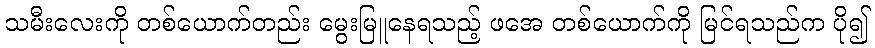
သမီးလေးကို တစ်ယောက်တည်း မွေးမြူနေရသည့် ဖအေ တစ်ယောက်ကို မြင်ရသည်က ပို၍